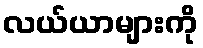
လယ်ယာများကို